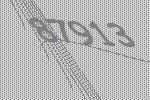
87913